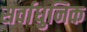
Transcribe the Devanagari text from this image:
सर्वाधुनिक